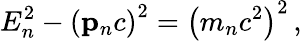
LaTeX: E_{n}^{2}-\left(\mathbf{p}_{n}c\right)^{2}=\left(m_{n}c^{2}\right)^{2}\, ,